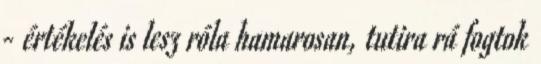
- értékelés is lesz róla hamarosan, tutira rá fogtok